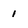
Character: 1